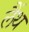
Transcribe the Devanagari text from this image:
लैंथ